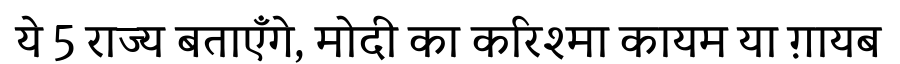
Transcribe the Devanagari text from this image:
ये 5 राज्य बताएँगे, मोदी का करिश्मा कायम या ग़ायब